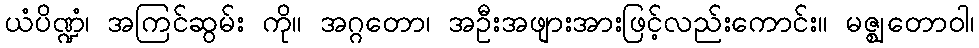
ယံပိဏ္ဍံ၊ အကြင်ဆွမ်း ကို။ အဂ္ဂတော၊ အဦးအဖျားအားဖြင့်လည်းကောင်း။ မဇ္ဈတောဝါ၊